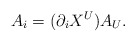
\begin{align*}A_i=(\partial_i X^{U})A_{U}.\end{align*}